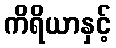
ကိရိယာနှင့်